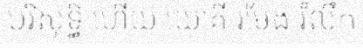
បរិសុទ្ធិ ហើយ យោគី រមែង រំលឹក